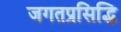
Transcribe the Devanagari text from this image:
जगतप्रसिद्धि